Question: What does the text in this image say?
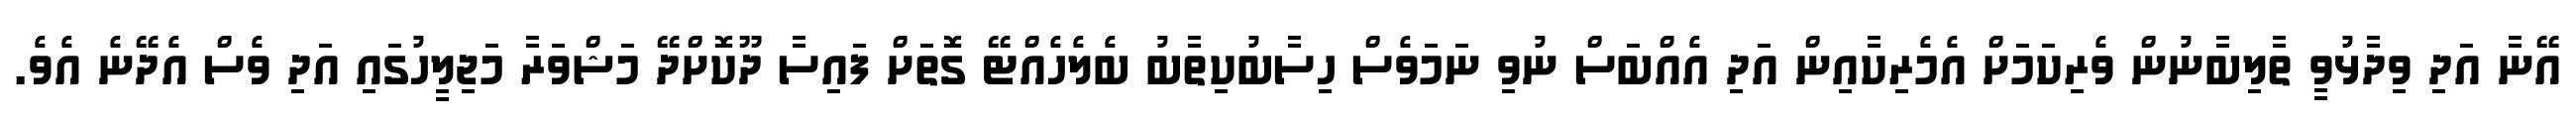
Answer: އޭނާ އަދި ވިދާޅުވީ ތާލިބާނުން ވެރިކަމަށް އެމެރިކާއިން އަދި އެއްބަސް ނުވި ނަމަވެސް ހިސާބުކިތާބު ބެލެހެއްޓޭ ގޮތަށް ފައިސާ ދޫކޮށްދޭ މަޝްވަރާ މަޖިލީހުގައި އަދި ވެސް އެދޭނެ އެވެ.